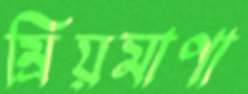
ম্রিয়মাণা